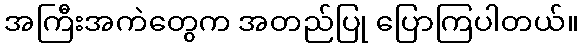
အကြီးအကဲတွေက အတည်ပြု ပြောကြပါတယ်။